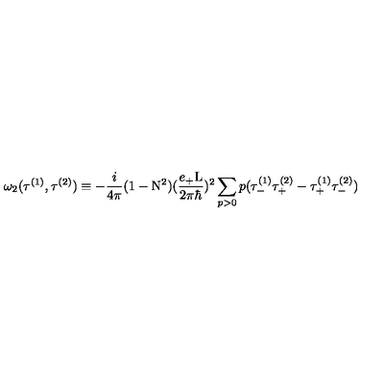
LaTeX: { \omega } _ { 2 } ( { \tau } ^ { ( 1 ) } , { \tau } ^ { ( 2 ) } ) \equiv - \frac { i } { 4 \pi } ( 1 - \mathrm { N } ^ { 2 } ) ( \frac { e _ { + } \mathrm { L } } { 2 { \pi } { \hbar } } ) ^ { 2 } \sum _ { p > 0 } p ( { \tau } _ { - } ^ { ( 1 ) } { \tau } _ { + } ^ { ( 2 ) } - { \tau } _ { + } ^ { ( 1 ) } { \tau } _ { - } ^ { ( 2 ) } )